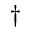
^ \dagger